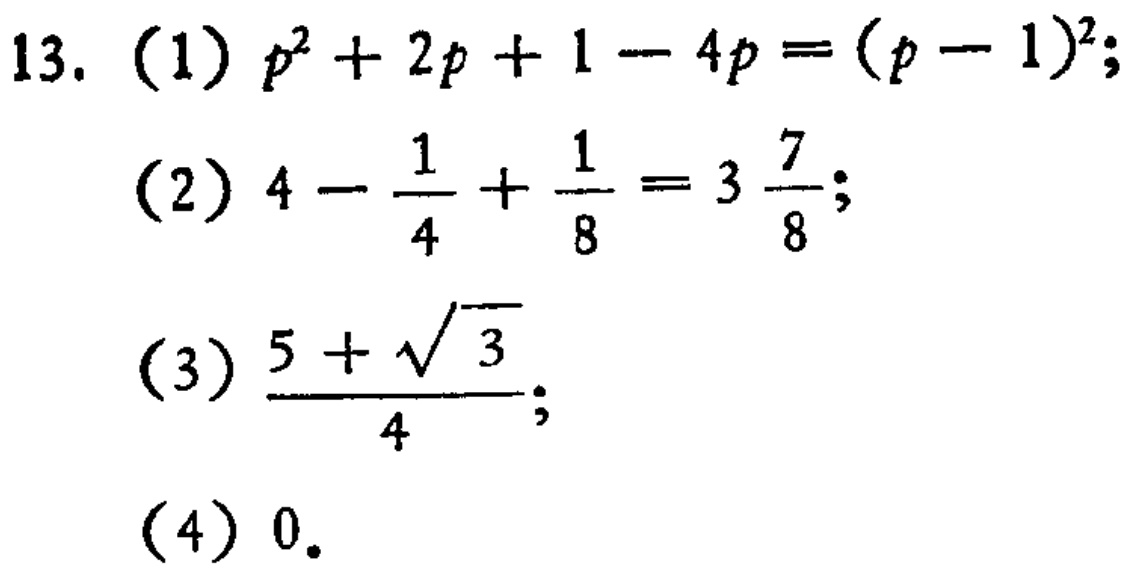
13. (1) \(p^{2}+2p + 1-4p=(p - 1)^{2}\);
(2) \(4-\frac{1}{4}+\frac{1}{8}=3\frac{7}{8}\);
(3) \(\frac{5+\sqrt{3}}{4}\);
(4) \(0\).